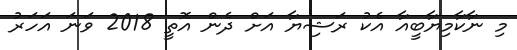
މި ނާކާމިޔާބީއާ އެކު ރަޝިޔާ އަށް ދެން އޮތީ 2018 ވަނަ އަހަރު